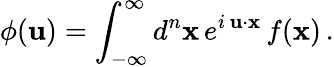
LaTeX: \phi({\mathbf u})=\int_{-\infty}^{\infty}d^{n}{\mathbf x}\, e^{i\, {\mathbf u}\cdot{\mathbf x}}\, f({\mathbf x})\, .